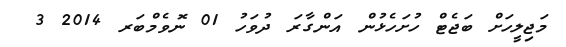
މަޖިލީހަށް ބަޖެޓް ހުށަހެޅުން އަންގާރަ ދުވަހު 01 ނޮވެމްބަރ 2014 3